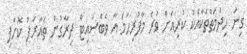
ގިނަ ހިދުމަތްތަކާއެކު ކުރިއަށް ވުރެ މާފުރިހަމަ އާ ވެބްސައިޓް ދިރާގުން ތައާރަފު ކޮށްފި